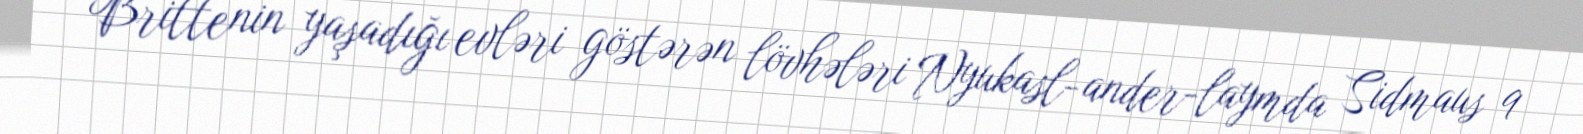
Brittenin yaşadığı evləri göstərən lövhələri Nyukasl-ander-laymda Sidmaus 9